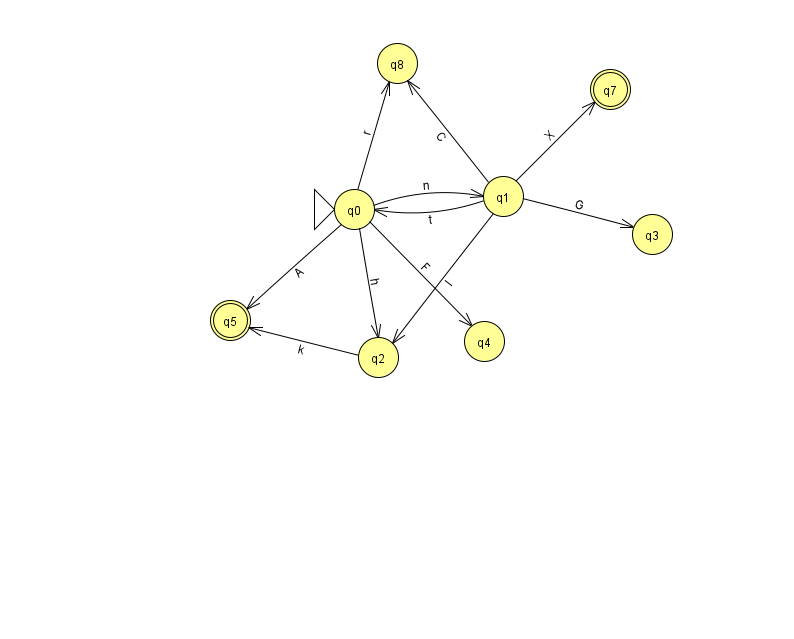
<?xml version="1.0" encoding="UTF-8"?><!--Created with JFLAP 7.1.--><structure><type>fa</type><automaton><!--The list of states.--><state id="0" name="q0"><x>354.0</x><y>196.0</y><initial/></state><state id="1" name="q1"><x>503.0</x><y>183.0</y></state><state id="2" name="q2"><x>378.0</x><y>344.0</y></state><state id="3" name="q3"><x>652.0</x><y>221.0</y></state><state id="4" name="q4"><x>484.0</x><y>328.0</y></state><state id="5" name="q5"><x>230.0</x><y>307.0</y><final/></state><state id="7" name="q7"><x>610.0</x><y>76.0</y><final/></state><state id="8" name="q8"><x>397.0</x><y>50.0</y></state><!--The list of transitions.--><transition><from>0</from><to>4</to><read>F</read></transition><transition><from>1</from><to>2</to><read>I</read></transition><transition><from>0</from><to>5</to><read>A</read></transition><transition><from>0</from><to>1</to><read>n</read></transition><transition><from>0</from><to>8</to><read>r</read></transition><transition><from>1</from><to>3</to><read>G</read></transition><transition><from>0</from><to>2</to><read>h</read></transition><transition><from>2</from><to>5</to><read>k</read></transition><transition><from>1</from><to>7</to><read>X</read></transition><transition><from>1</from><to>8</to><read>C</read></transition><transition><from>1</from><to>0</to><read>t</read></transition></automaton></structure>